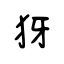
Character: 犽